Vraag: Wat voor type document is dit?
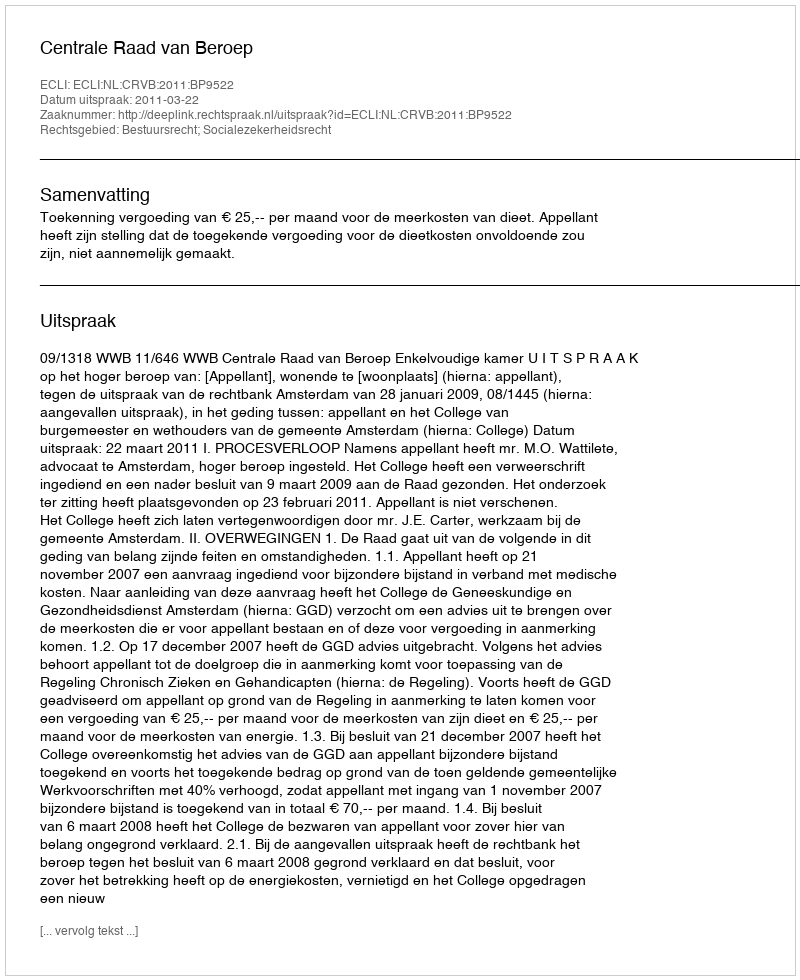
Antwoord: Uitspraak